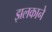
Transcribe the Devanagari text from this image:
झलकाने